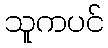
သူကပင်